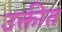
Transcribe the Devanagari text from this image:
उक्तीत